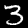
Digit: 3